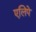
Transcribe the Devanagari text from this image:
एलिपे